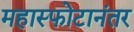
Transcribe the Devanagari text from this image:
महास्फोटानंतर